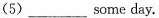
(5)___some day,